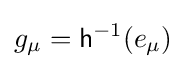
g_{\mu }={\mathsf {h}}^{-1}(e_{\mu })